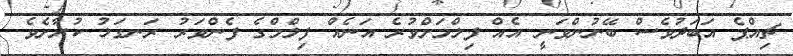
ޗިއްޕެ އަބަދުވެސް ބޭނުންވަނީ އެއް ފިލްމަށްވުރެ އަނެއް ފިލްމްގެ ފެންވަރު ރަނގަޅު ކުރާށެވެ.